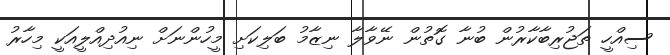
ސިއްހީ ތަޖުރިބާކާރުން ބުނާ ގޮތުން ނޭވާލާ ނިޒާމު ބަލިކަށި މީހުންނަށް ނިއުދިއްލީއަކީ މިހާރު